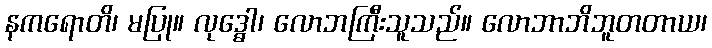
နကရောတိ၊ မပြု။ လုဒ္ဓေါ၊ လောဘကြီးသူသည်။ လောဘာဘိဘူတတာယ၊